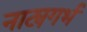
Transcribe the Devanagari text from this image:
नाट्यगर्भ